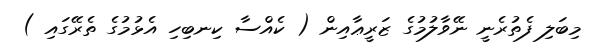
މިބަލި ފެތުރެނީ ނޭވާލުމުގެ ޒަރީޢާއިން ( ކެއްސާ ކިނބިހި އެޅުމުގެ ތެރޭގައި )